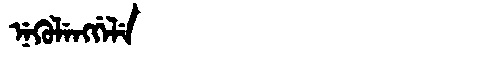
Manchu: ᠨᡝᡴᡠᠯᡝᠩᡤᡝᠯᡝ
Romanization: NEKULENGGELE